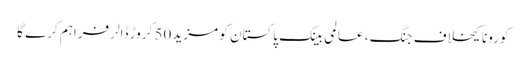
کورونا کیخلاف جنگ ، عالمی بینک پاکستان کو مزید 50 کروڑ ڈالر فراہم کرے گا